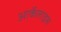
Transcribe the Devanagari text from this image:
आर्केलाइस